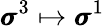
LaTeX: \pmb{\sigma}^{3}\mapsto\pmb{\sigma}^{1}